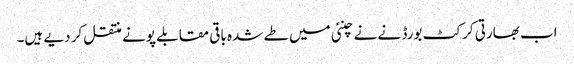
اب بھارتی کرکٹ بورڈ نے نے چنئی میں طے شدہ باقی مقابلے پونے منتقل کر دیے ہیں۔